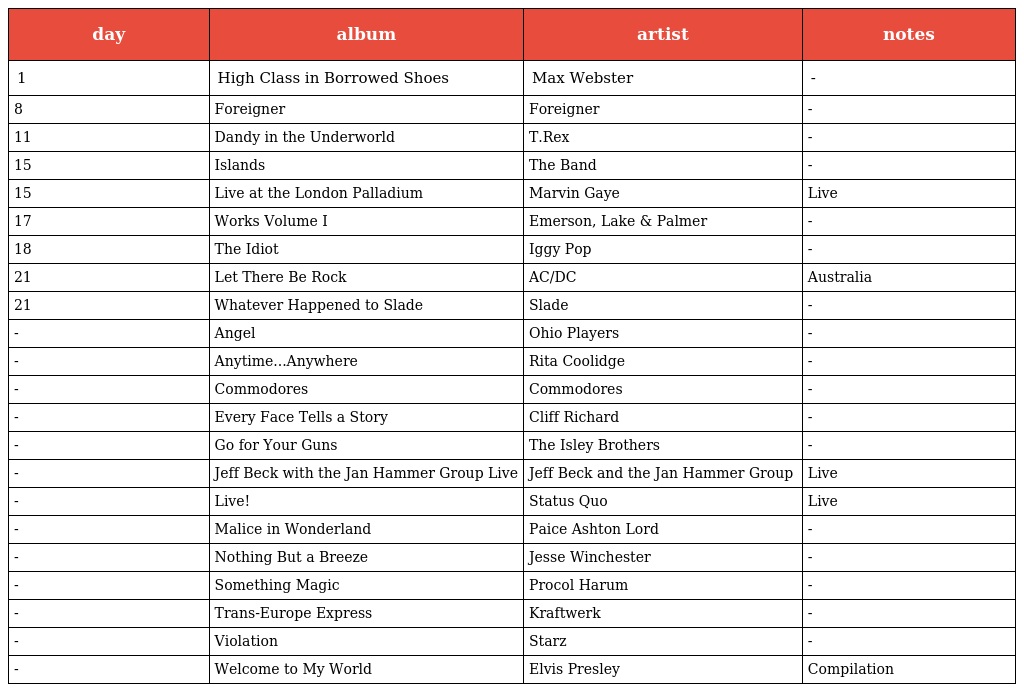
| day | album | artist | notes |
 | --- | --- | --- | --- |
 | 1 | High Class in Borrowed Shoes | Max Webster | - |
 | 8 | Foreigner | Foreigner | - |
 | 11 | Dandy in the Underworld | T.Rex | - |
 | 15 | Islands | The Band | - |
 | 15 | Live at the London Palladium | Marvin Gaye | Live |
 | 17 | Works Volume I | Emerson, Lake & Palmer | - |
 | 18 | The Idiot | Iggy Pop | - |
 | 21 | Let There Be Rock | AC/DC | Australia |
 | 21 | Whatever Happened to Slade | Slade | - |
 | - | Angel | Ohio Players | - |
 | - | Anytime...Anywhere | Rita Coolidge | - |
 | - | Commodores | Commodores | - |
 | - | Every Face Tells a Story | Cliff Richard | - |
 | - | Go for Your Guns | The Isley Brothers | - |
 | - | Jeff Beck with the Jan Hammer Group Live | Jeff Beck and the Jan Hammer Group | Live |
 | - | Live! | Status Quo | Live |
 | - | Malice in Wonderland | Paice Ashton Lord | - |
 | - | Nothing But a Breeze | Jesse Winchester | - |
 | - | Something Magic | Procol Harum | - |
 | - | Trans-Europe Express | Kraftwerk | - |
 | - | Violation | Starz | - |
 | - | Welcome to My World | Elvis Presley | Compilation |